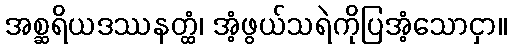
အစ္ဆရိယဒဿနတ္ထံ၊ အံ့ဖွယ်သရဲကိုပြအံ့သောငှာ။